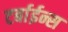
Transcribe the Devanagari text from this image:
टर्बाईन्स